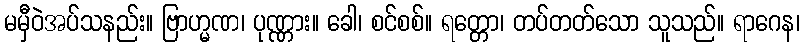
မမှီဝဲအပ်သနည်း။ ဗြာဟ္မဏ၊ ပုဏ္ဏား။ ခေါ၊ စင်စစ်။ ရတ္တော၊ တပ်တတ်သော သူသည်။ ရာဂေန၊